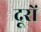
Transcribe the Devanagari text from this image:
दूरों